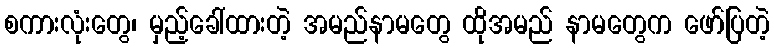
စကားလုံးတွေ၊ မှည့်ခေါ်ထားတဲ့ အမည်နာမတွေ ထိုအမည် နာမတွေက ဖော်ပြတဲ့